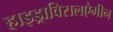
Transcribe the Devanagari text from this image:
हाइड्राविसलएैमीन